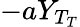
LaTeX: -aY_{T_{T}}